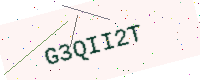
Text: G3QII2T